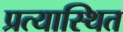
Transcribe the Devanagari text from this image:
प्रत्यास्थित